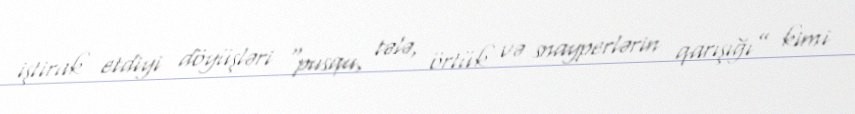
iştirak etdiyi döyüşləri “pusqu, tələ, örtük və snayperlərin qarışığı” kimi